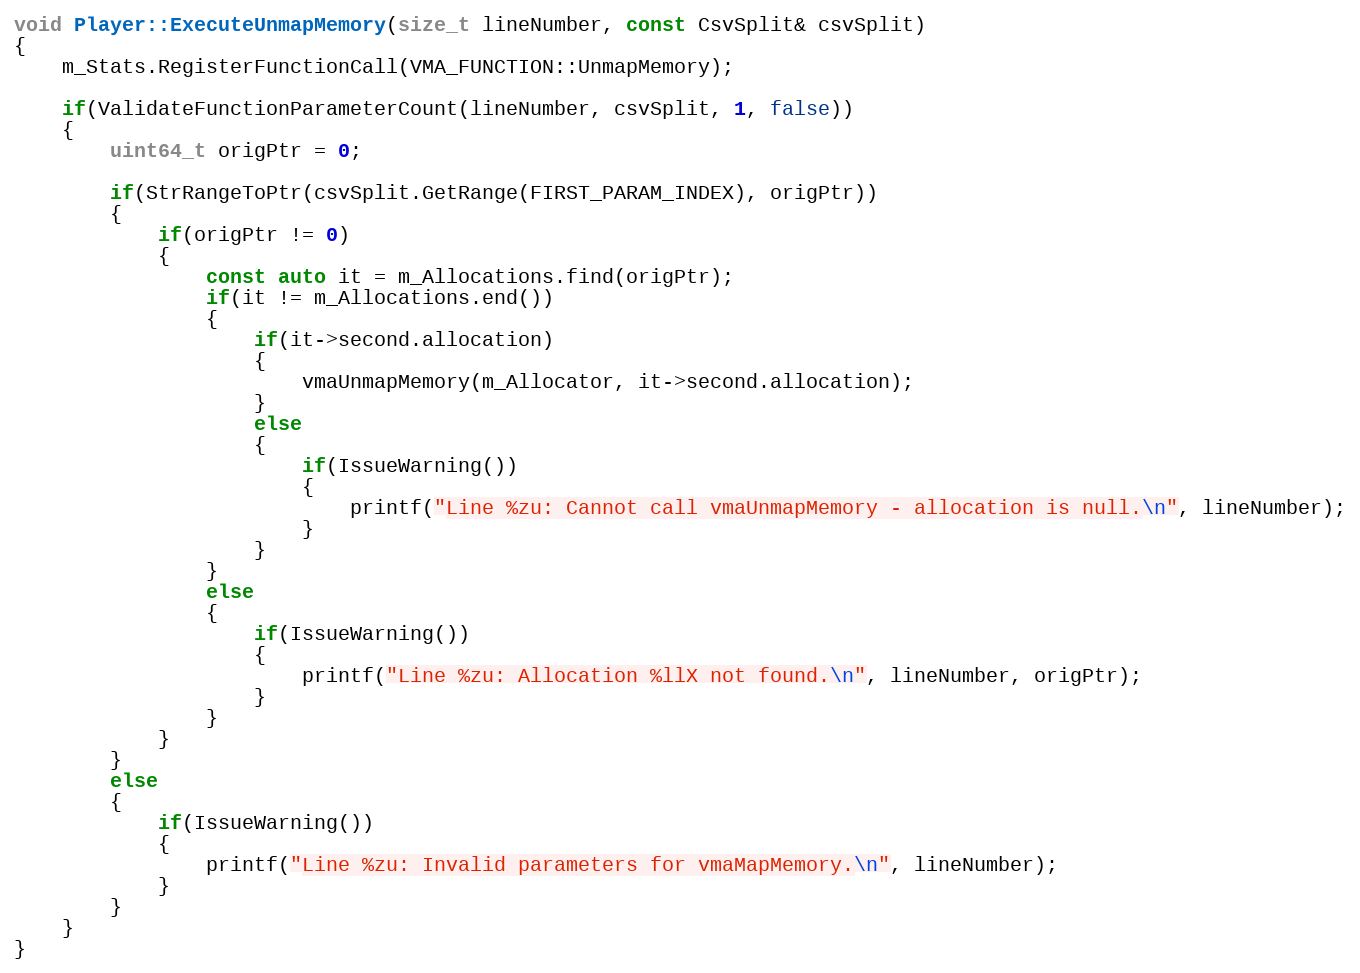
Language: C++
void Player::ExecuteUnmapMemory(size_t lineNumber, const CsvSplit& csvSplit)
{
    m_Stats.RegisterFunctionCall(VMA_FUNCTION::UnmapMemory);

    if(ValidateFunctionParameterCount(lineNumber, csvSplit, 1, false))
    {
        uint64_t origPtr = 0;

        if(StrRangeToPtr(csvSplit.GetRange(FIRST_PARAM_INDEX), origPtr))
        {
            if(origPtr != 0)
            {
                const auto it = m_Allocations.find(origPtr);
                if(it != m_Allocations.end())
                {
                    if(it->second.allocation)
                    {
                        vmaUnmapMemory(m_Allocator, it->second.allocation);
                    }
                    else
                    {
                        if(IssueWarning())
                        {
                            printf("Line %zu: Cannot call vmaUnmapMemory - allocation is null.\n", lineNumber);
                        }
                    }
                }
                else
                {
                    if(IssueWarning())
                    {
                        printf("Line %zu: Allocation %llX not found.\n", lineNumber, origPtr);
                    }
                }
            }
        }
        else
        {
            if(IssueWarning())
            {
                printf("Line %zu: Invalid parameters for vmaMapMemory.\n", lineNumber);
            }
        }
    }
}